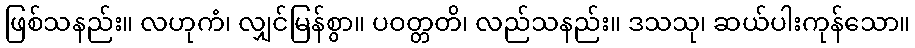
ဖြစ်သနည်း။ လဟုကံ၊ လျှင်မြန်စွာ။ ပဝတ္တတိ၊ လည်သနည်း။ ဒသသု၊ ဆယ်ပါးကုန်သော။